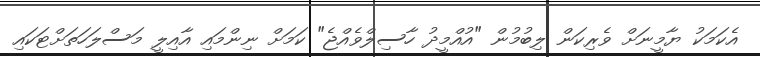
އެކަމަކު ޔާމީނަށް ވެރިކަން ލިބުމުން "އުއްމީދު ހާސިލްވެއްޖެ" ކަމަށް ނިންމައި އާއިލީ މަސްލަހަތަށްޓަކައި